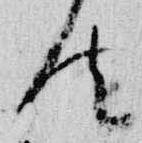
法